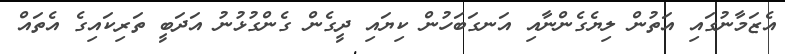
އެޒަމާނުގައި އަތުން ލިޔެގެންނާއި އަނގަބަހުން ކިޔައި ދީގެން ގެންގުޅުނު އަދަބީ ތަރިކައިގެ އެތައް